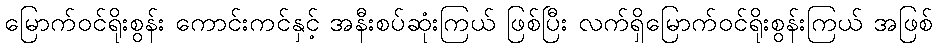
မြောက်ဝင်ရိုးစွန်း ကောင်းကင်နှင့် အနီးစပ်ဆုံးကြယ် ဖြစ်ပြီး လက်ရှိမြောက်ဝင်ရိုးစွန်းကြယ် အဖြစ်